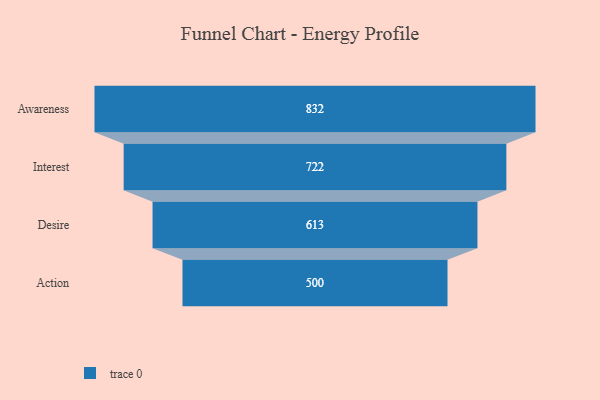
{"axis": {"x": "Stage", "y": "Value"}, "legend": [""], "data": [{"x": "Awareness", "y": 832.0, "type": ""}, {"x": "Interest", "y": 722.0, "type": ""}, {"x": "Desire", "y": 613.0, "type": ""}, {"x": "Action", "y": 500, "type": ""}]}